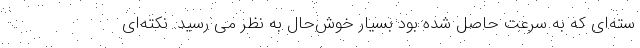
سته‌ای که به سرعت حاصل شده بود بسیار خوش‌حال به نظر می رسید. نکته‌ای